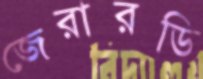
জেরারডি